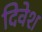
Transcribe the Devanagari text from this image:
दिवेश